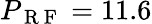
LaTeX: P_{\mathrm{~R~F~}}=11.6